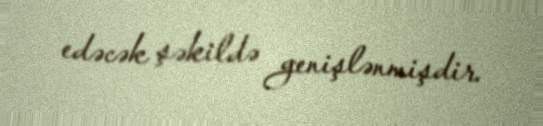
edəcək şəkildə genişlənmişdir.